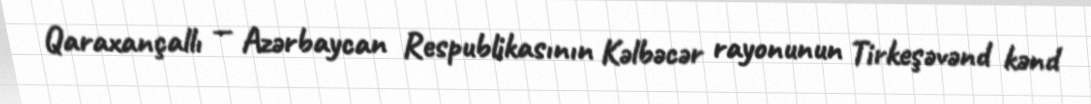
Qaraxançallı — Azərbaycan Respublikasının Kəlbəcər rayonunun Tirkeşəvənd kənd